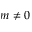
m \neq 0